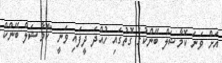
އަށް ވަނަ ކޮމާޝަލް ބޭންކުގެ ގޮތުގައި ހުއްދަ ދީފައި ވަނީ "ކޮމާޝަލް ބޭންކް